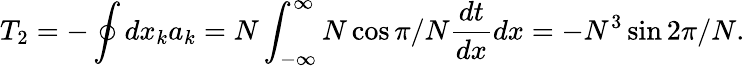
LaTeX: T_{2}=-\oint dx_{k}a_{k}=N\int_{-\infty}^{\infty}N\cos\pi/N\frac{dt}{dx}dx=-N^{3}\sin 2\pi/N.